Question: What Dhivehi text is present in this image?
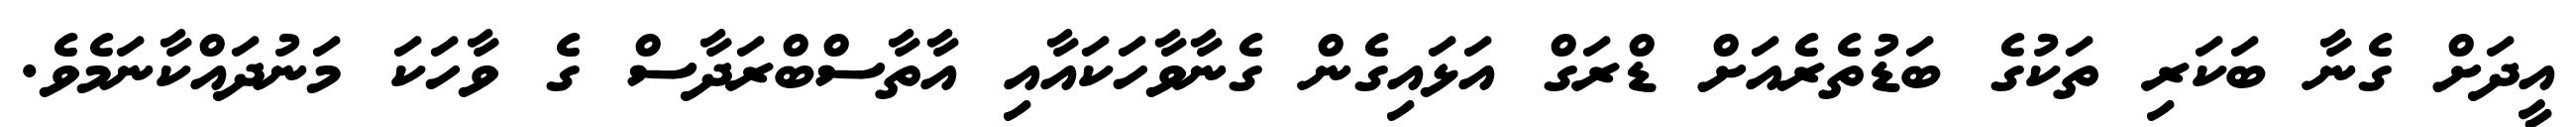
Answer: އީދަށް ގެނާ ބަކަރި ތަކުގެ ބަޑުތެރެއަށް ޑްރަގް އަޅައިގެން ގެނާވާހަކައާއި އާތާސްބްރަދާސް ގެ ވާހަކަ މަނުދައްކާނަމެވެ.